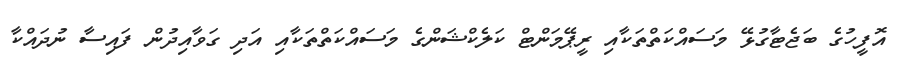
އޮފީހުގެ ބަޖެޓާގުޅޭ މަސައްކަތްތަކާއި ރީޕޭމަންޓް ކަލެކްޝަންގެ މަސައްކަތްތަކާއި އަދި ގަވާއިދުން ފައިސާ ނުދައްކާ